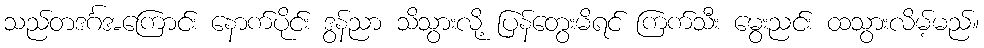
သည်တဒင်္ဂအကြောင်း နောက်ပိုင်း ဒွန်ညာ သိသွားလို့ ပြန်တွေးမိရင် ကြက်သီး မွေးညင်း ထသွားလိမ့်မည်။